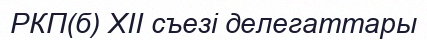
РКП(б) XII съезі делегаттары